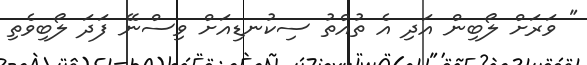
" ވަރަށް ލޯބިން އަދި އެ ތުއްތު ސިކުނޑިއަށް ވިސްނޭ ފަދަ ލޯބިވެތި